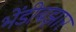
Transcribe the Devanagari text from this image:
भेंडीबझार